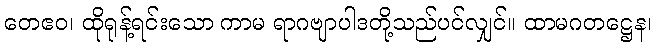
တေဧဝ၊ ထိုရုန့်ရင်းသော ကာမ ရာဂဗျာပါဒတို့သည်ပင်လျှင်။ ထာမဂတဋ္ဌေန၊